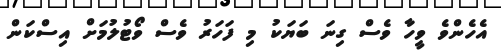
އެހެންވެ ވީހާ ވެސް ގިނަ ބަޔަކު މި ފަހަރު ވެސް ވޯޓުލުމަށް އިސްކަން